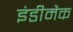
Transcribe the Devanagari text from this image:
इंडीमैक